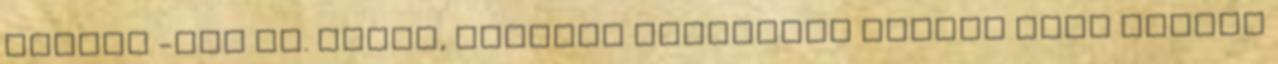
Szolga -ban Pi. barna, játékok Leszbikus domina Uses Műfasz